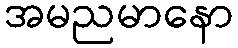
အမညမာနော